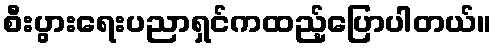
စီးပွားရေးပညာရှင်ကထည့်ပြောပါတယ်။